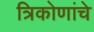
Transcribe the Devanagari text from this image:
त्रिकोणांचे